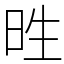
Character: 甠